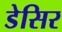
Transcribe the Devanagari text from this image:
डेसिर